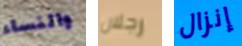
والنساء رجلان إنزال